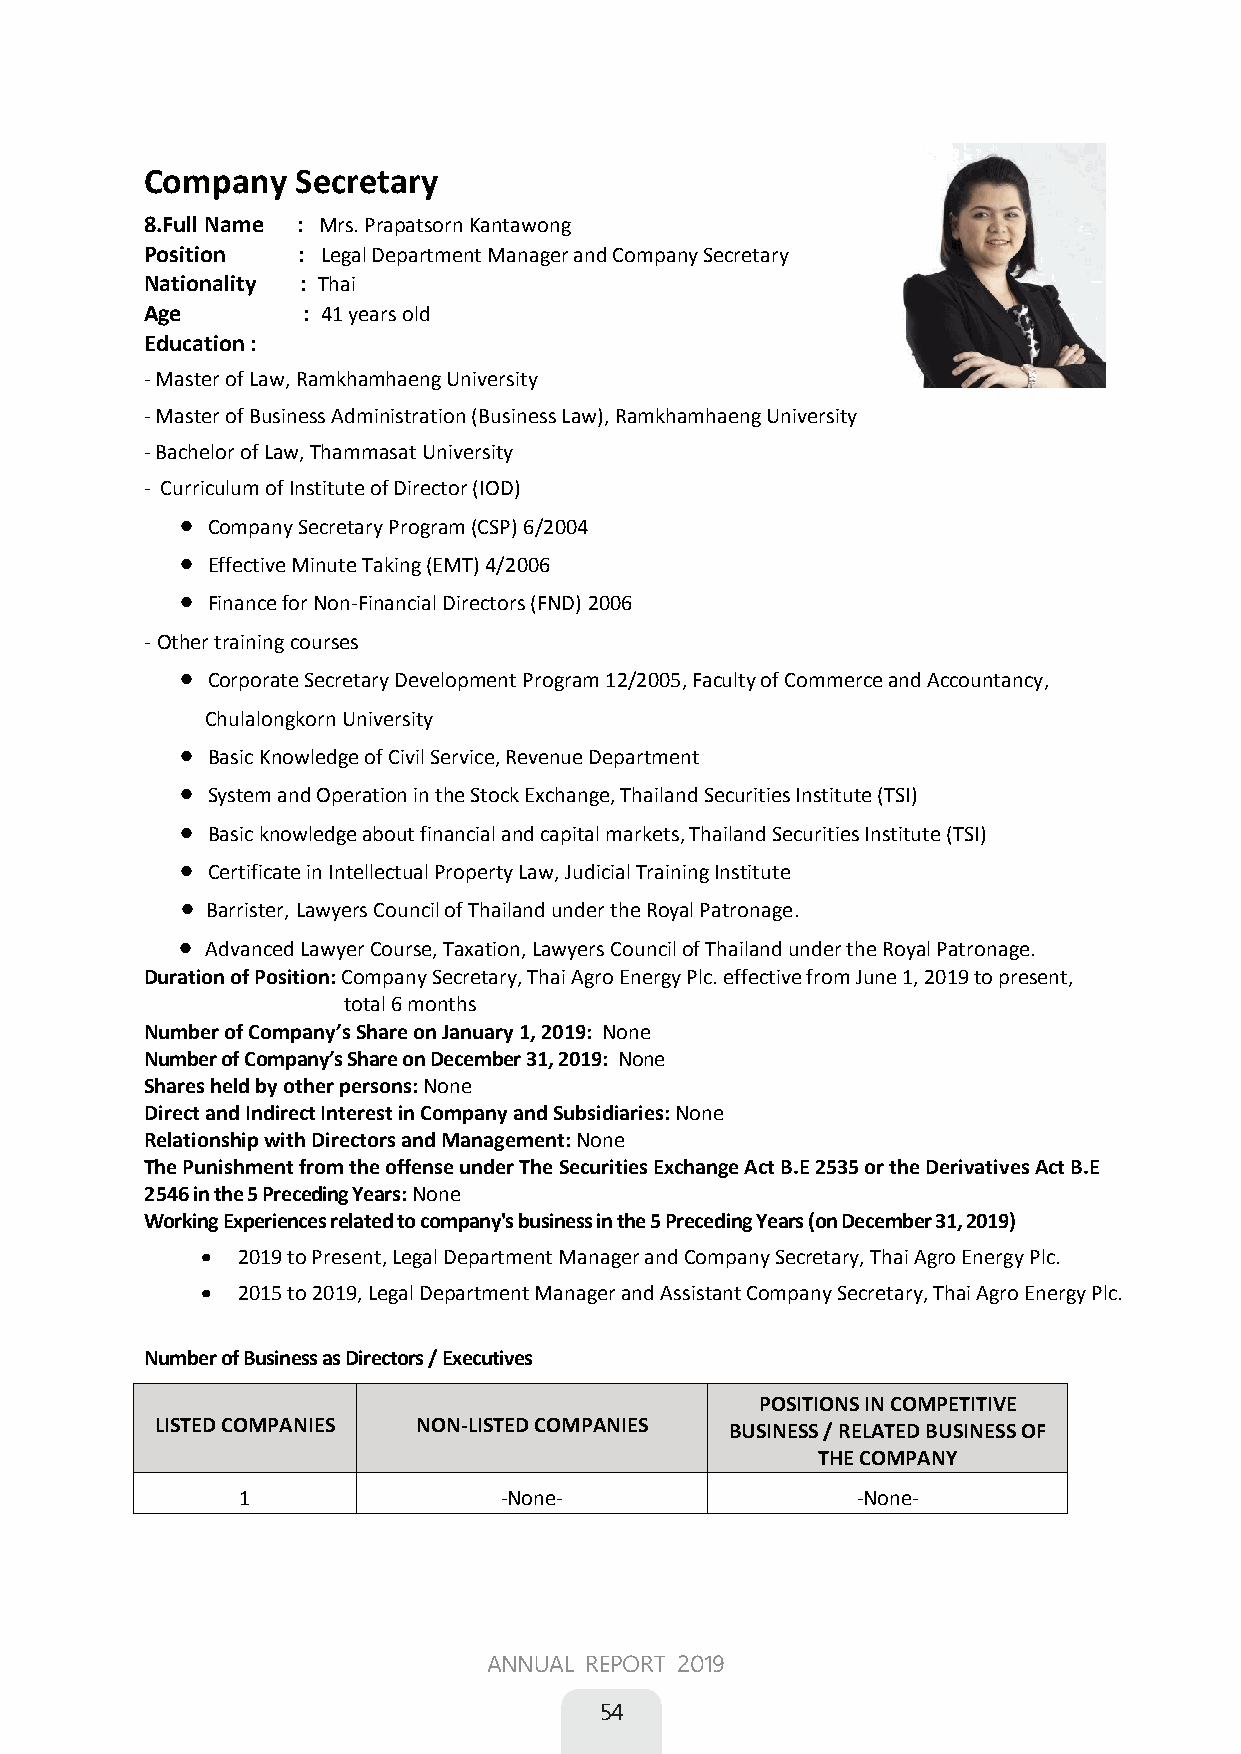
Company   Secretary
 8.Full Name :Mrs. Prapatsorn Kantawong
 Position  : Legal Department Manager and Company Secretary
 Nationality : Thai
 Age       : 41 years old
 Education :
 - Master of Law, Ramkhamhaeng University
 - Master of Business Administration (Business Law), Ramkhamhaeng University
 - Bachelor of Law, Thammasat University
 - Curriculum of Institute of Director (IOD)
 
 Company Secretary Program (CSP) 6/2004
 
 Effective Minute Taking (EMT) 4/2006
 
 Finance for Non-Financial Directors (FND) 2006
 Other training courses
 
 Corporate Secretary Development Program 12/2005, Faculty of Commerce and Accountancy,
 Chulalongkorn University
 
 Basic Knowledge of Civil Service, Revenue Department
 
 System and Operation in the Stock Exchange, Thailand Securities Institute (TSI)
 
 Basic knowledge about financial and capital markets, Thailand Securities Institute (TSI)
 
 Certificate in Intellectual Property Law, Judicial Training Institute
 
 Barrister, Lawyers Council of Thailand under the Royal Patronage.
 
 Advanced Lawyer Course, Taxation, Lawyers Council of Thailand under the Royal Patronage.
 Duration of Position: Company Secretary, Thai Agro Energy Plc. effective from June 1, 2019 to present,
 total 6 months
 Number of Company’s Share on January 1, 2019: None
 Number of Company’s Share on December 31, 2019: None
 Shares held by other persons: None
 Direct and Indirect Interest in Company and Subsidiaries: None
 Relationship with Directors and Management: None
 The Punishment from the offense under The Securities Exchange Act B.E 2535 or the Derivatives Act B.E
 2546 in the 5 Preceding Years: None
 Working Experiences related to company's business in the 5 Preceding Years (on December 31, 2019)
   2019 to Present, Legal Department Manager and Company Secretary, Thai Agro Energy Plc.
   2015 to 2019, Legal Department Manager and Assistant Company Secretary, Thai Agro Energy Plc.
 Number of Business as Directors / Executives
 POSITIONS IN COMPETITIVE
 LISTED COMPANIES  NON-LISTED COMPANIES BUSINESS / RELATED BUSINESS OF
 THE COMPANY
 1                -None-                  -None-
 ANNUAL REPORT 2019
 54